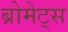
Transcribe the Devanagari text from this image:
ब्रोमेट्स